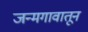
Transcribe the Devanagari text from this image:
जन्मगावातून